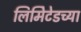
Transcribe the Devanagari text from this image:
लिमिेटेडच्या